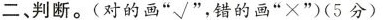
二、判断。( 对的画 ” √” ，错的画 ” ×” )( 5分 )